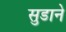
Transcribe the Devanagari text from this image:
सुडाने